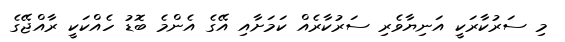
މި ސަރުކާރަކީ އަނިޔާވެރި ސަރުކާރެއްް ކަމަށާއި އޭގެ އެންމެ ބޮޑު ހެއްކަކީ ރާއްޖޭގެ